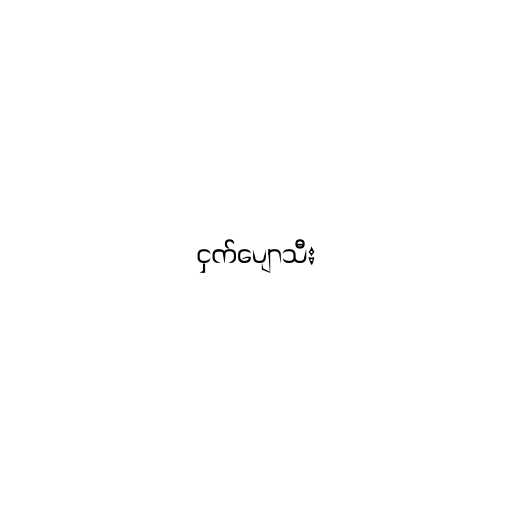
ငှက်ပျောသီး